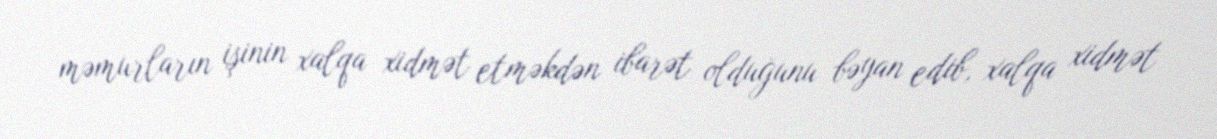
məmurların işinin xalqa xidmət etməkdən ibarət olduğunu bəyan edib, xalqa xidmət